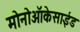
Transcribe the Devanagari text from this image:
मोनोऑकेसाईड